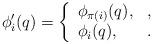
LaTeX: \begin{align*}\phi'_i(q)= \left\{ \begin{array}{ll} \phi_{\pi(i)} (q), & , \\ \phi_i (q), &. \end{array} \right.\end{align*}